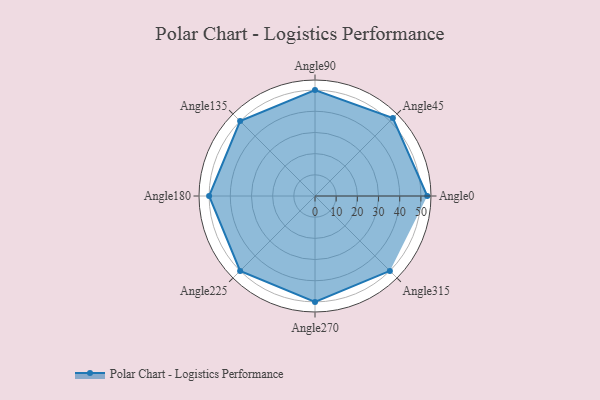
{"axis": {"x": "Angle", "y": "Radius"}, "legend": [""], "data": [{"x": "Angle0", "y": 53.0, "type": ""}, {"x": "Angle45", "y": 52.0, "type": ""}, {"x": "Angle90", "y": 50, "type": ""}, {"x": "Angle135", "y": 50, "type": ""}, {"x": "Angle180", "y": 50, "type": ""}, {"x": "Angle225", "y": 50, "type": ""}, {"x": "Angle270", "y": 50, "type": ""}, {"x": "Angle315", "y": 50, "type": ""}]}